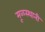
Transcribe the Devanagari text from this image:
मूळस्थानी